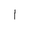
Letter: _alif